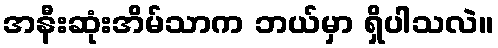
အနီးဆုံးအိမ်သာက ဘယ်မှာ ရှိပါသလဲ။